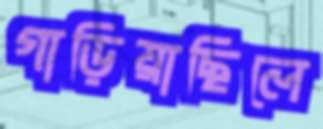
গাড়িয়াছিলে